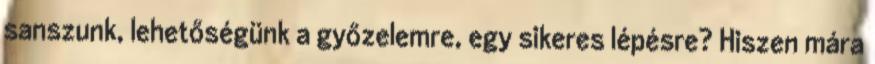
sanszunk, lehetőségünk a győzelemre, egy sikeres lépésre? Hiszen mára